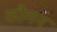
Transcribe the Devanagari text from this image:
कौमन